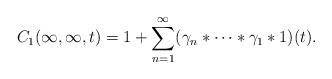
LaTeX: \begin{align*}C_{1}(\infty,\infty,t)=1+\sum_{n=1}^{\infty}(\gamma_{n}\ast\cdots\ast\gamma_{1}\ast 1)(t).\end{align*}